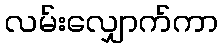
လမ်းလျှောက်ကာ